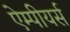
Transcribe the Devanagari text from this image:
ऐम्पीयर्स